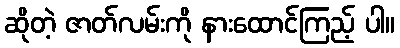
ဆိုတဲ့ ဇာတ်လမ်းကို နားထောင်ကြည့် ပါ။